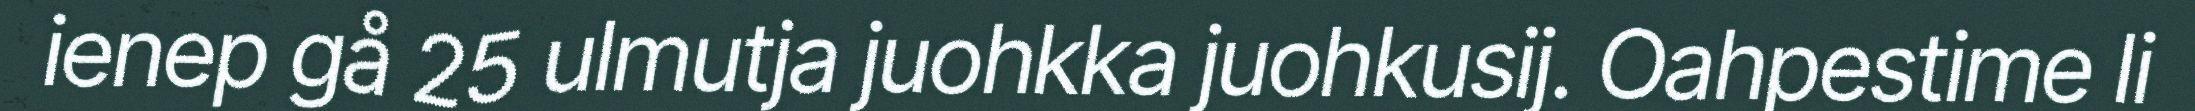
ienep gå 25 ulmutja juohkka juohkusij. Oahpestime li